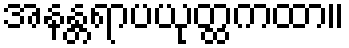
အနန္တရာပယုတ္ထကထာ။